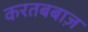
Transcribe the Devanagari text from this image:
करतबबाज़